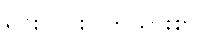
ရှင်းလင်းပြတ်သားစွာ